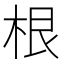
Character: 根